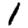
Digit: 1